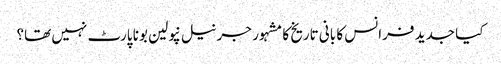
کیا جدید فرانس کا بانی تاریخ کا مشہور جرنیل نپولین بونا پارٹ نہیں تھا؟